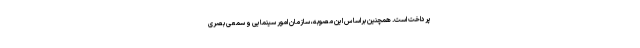
پرداخت است. همچنین براساس این مصوبه، سازمان امور سینمایی و سمعی بصری